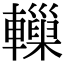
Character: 𨏋